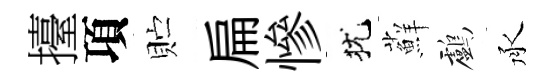
擡項贮扁慘犹蘚鸕承